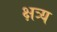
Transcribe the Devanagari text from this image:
क्षत्र्य